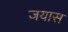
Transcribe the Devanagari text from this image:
जयास